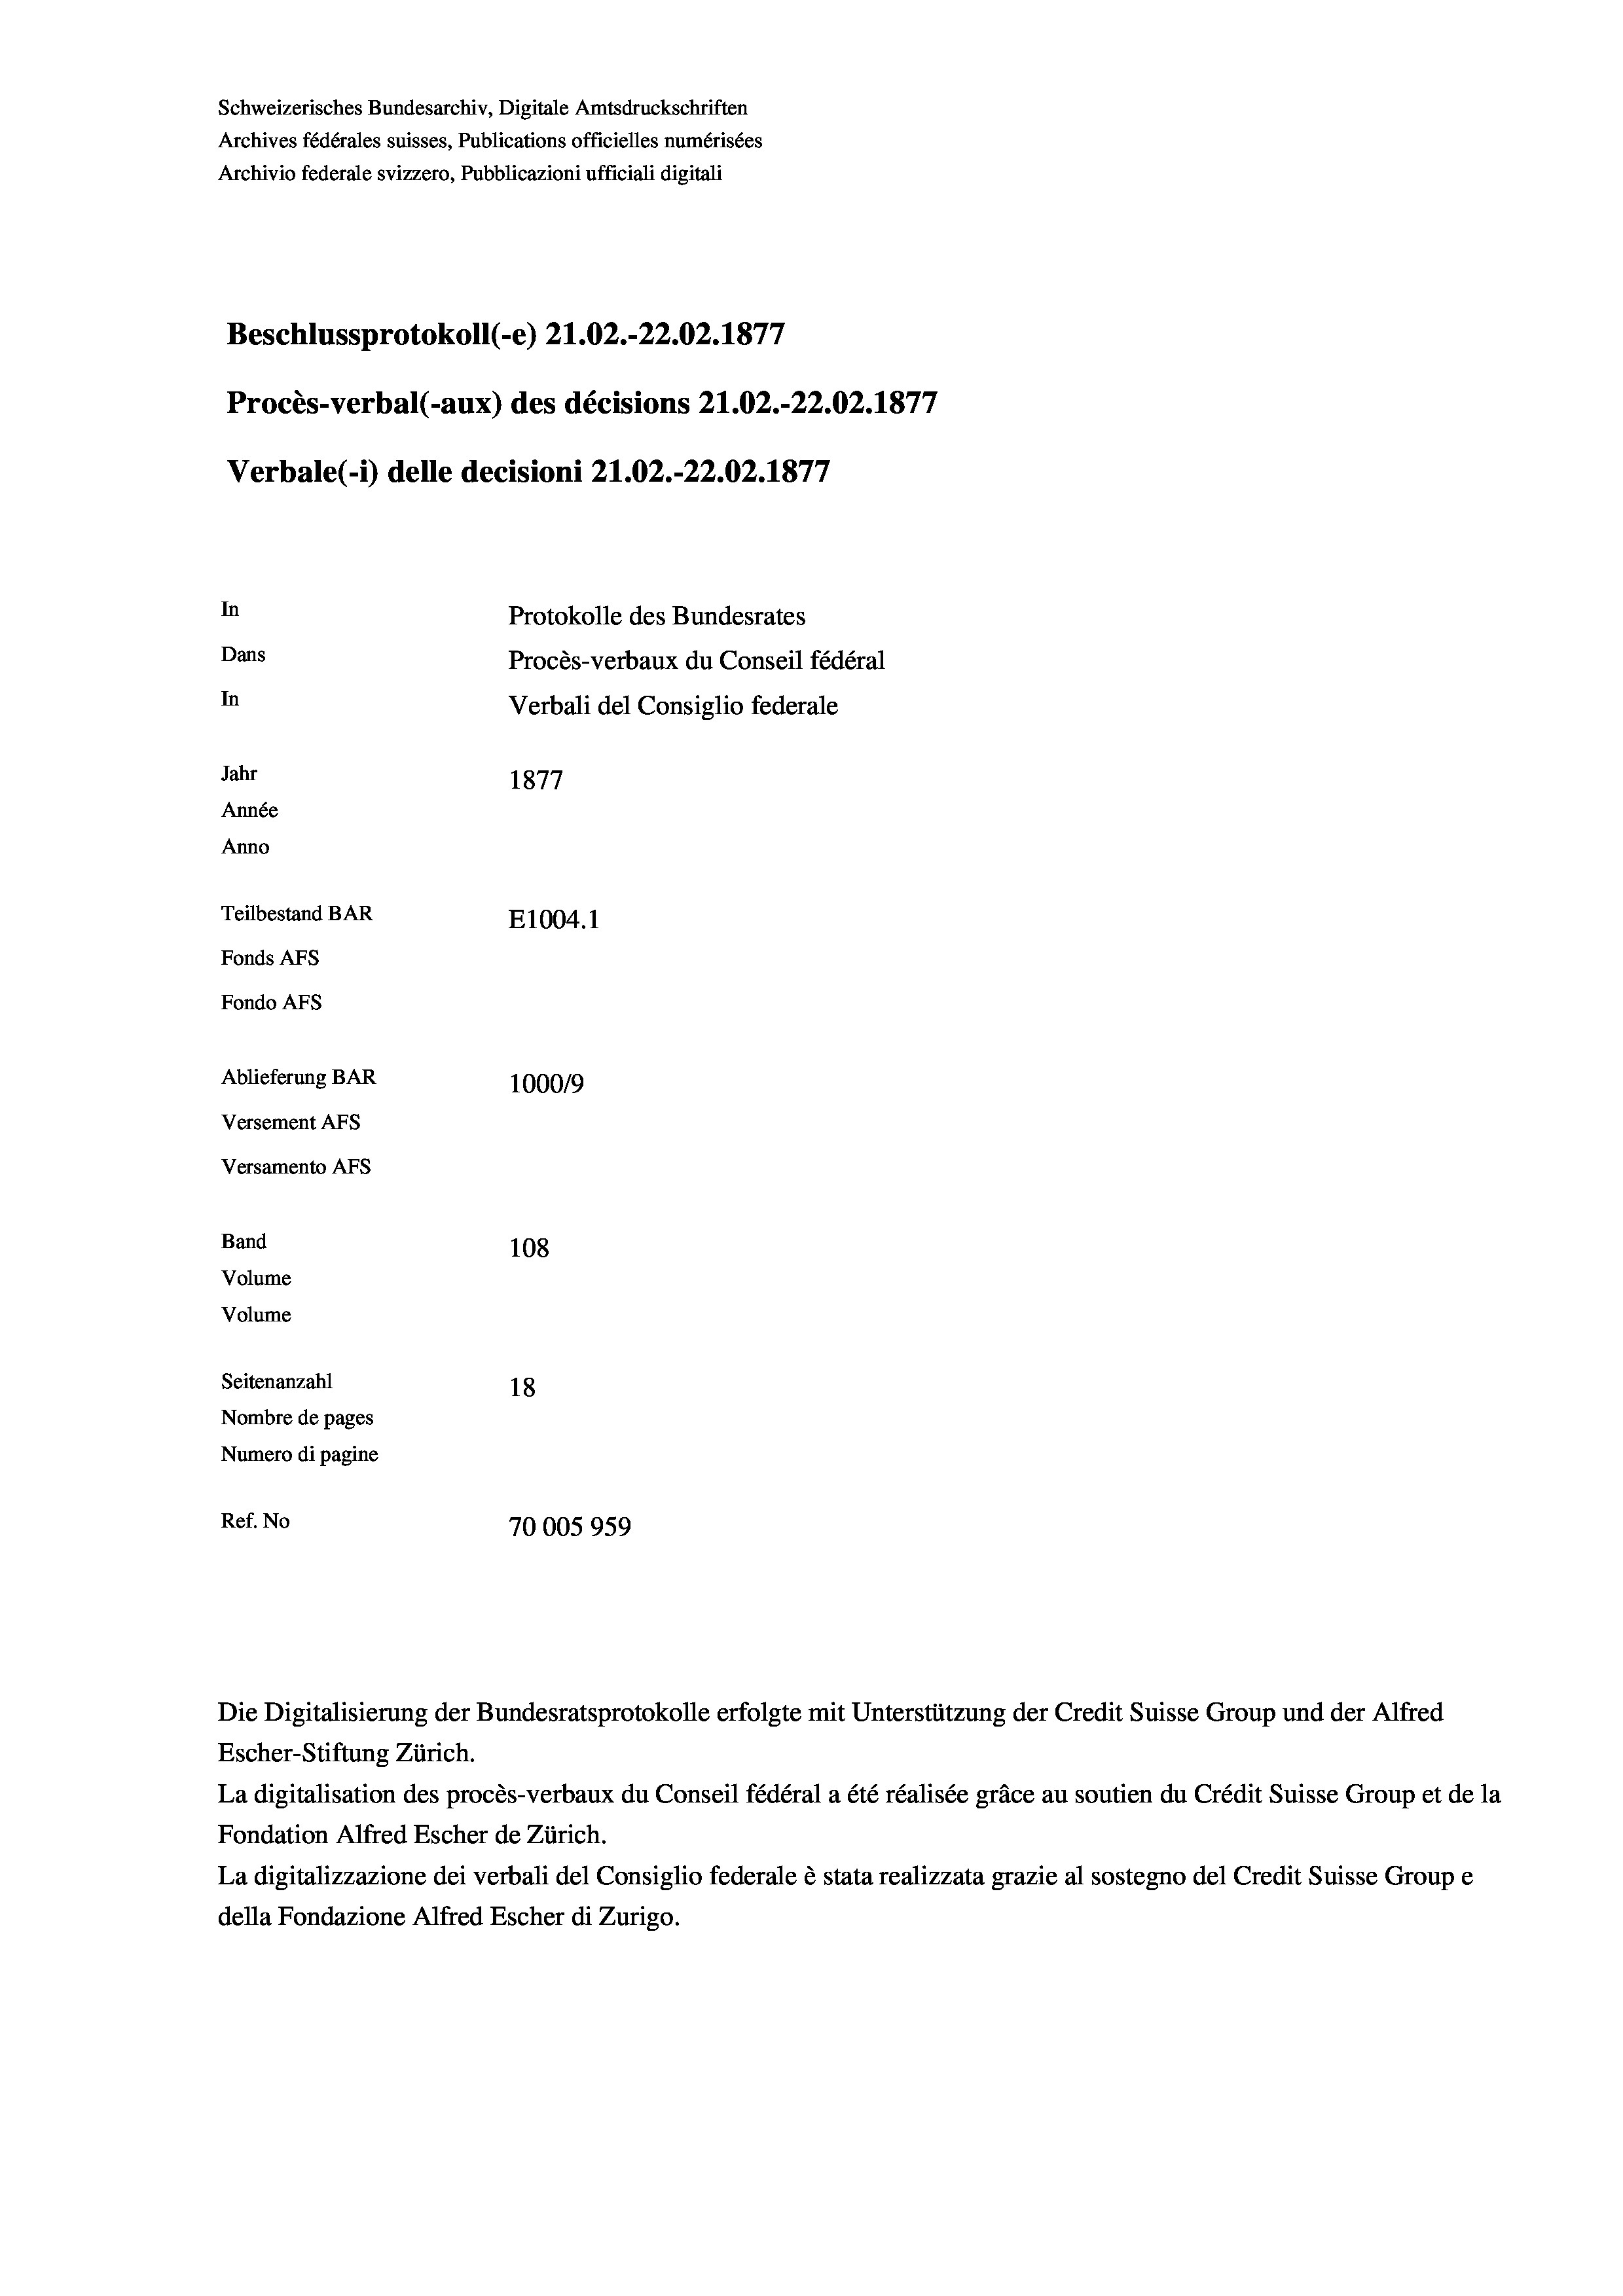
Schweizerisches Bundesarchiv, Digitale Amtsdruckschriften
Archives fédérales suisses, Publications officielles numérisées
Archivio federale svizzero, Pubblicazioni ufficiali digitali
Beschlussprotokoll (-e) 21.02.-22.02. 1877
Procès-verbal (-aux) des décisions 21.02.-22.02. 1877
Verbale (1) delle decisioni 21.02.-22.02. 1877
In
Protokolle des Bundesrates
Dans
Procès-verbaux du Conseil fédéral
In
Verbali del Consiglio federale
Jahr
1877
Année
Anno
Teilbestand BAR
E1004. 1
Fonds AFs
Fondo AFS
Ablieferung BAR
100019
Versement AFs
Versamento Afs
Band
108
Volume
Volume
Seitenanzahl
18

Nombre de pages
Numero di pagine
Ref. No
70005959

Escher-Stiftung Zürich.
La digitalisation des procès-verbaux du Conseil fédéral a été réalisée gräce au soutien du Crédit Suisse Group et de la
Fondation Alfred Escher de Zürich.
La digitalizzazione dei verbali del Consiglio federale è stata realizzata grazie al sostegno del Credit Suisse Groupe
della Fondazione Alfred Escher di Zurigo.

Die Digitalisierung der Bundesratsprotokolle erfolgte mit Unterstützung der Credit Suisse Group und der Alfred